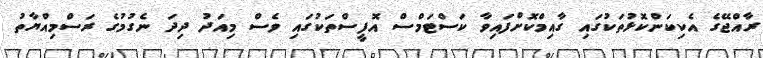
ރާއްޖޭގެ އެކިކަންކޮޅުތަކުގައި ގާއިމްކޮށްފައިވާ ކަސްޓަމްސް އޮފީސްތަކުގައި ވެސް މިއަދު ދިދަ ނެގުމުގެ ރަސްމިއްޔާތު